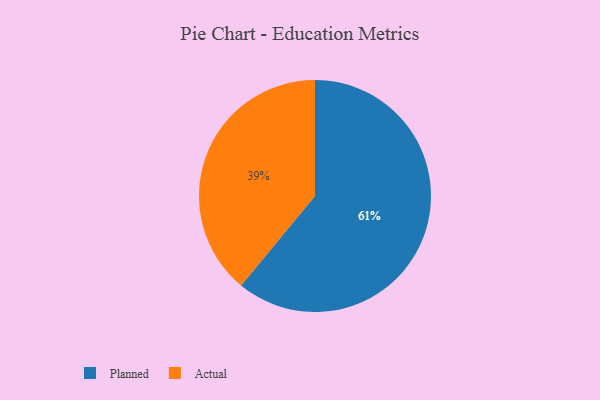
{"axis": {"x": "Category", "y": "Percentage"}, "legend": ["Actual", "Planned"], "data": [{"x": "Actual", "y": 39, "type": "Actual"}, {"x": "Planned", "y": 61, "type": "Planned"}]}